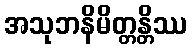
အသုဘနိမိတ္တန္တိဿ